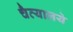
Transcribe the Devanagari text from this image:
चैत्यालये